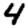
Digit: 4